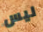
ليس